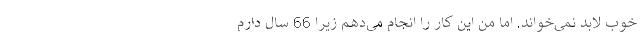
خوب لابد نمی‌خواند. اما من این کار را انجام می‌دهم زیرا 66 سال دارم